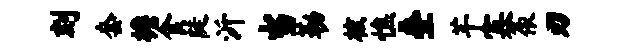
刻套檐食陡沂当勒核憔叠芊寡依刃